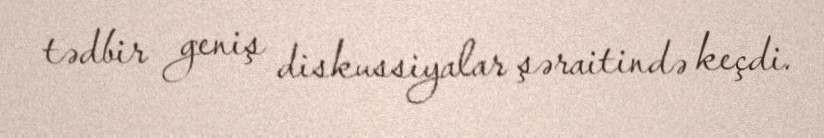
tədbir geniş diskussiyalar şəraitində keçdi.